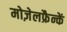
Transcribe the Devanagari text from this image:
मोज़ेलफ्रैन्कें